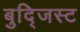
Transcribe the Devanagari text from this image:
बुद्जिस्ट